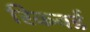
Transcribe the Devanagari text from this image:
रिकवर्ड